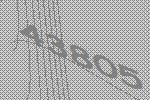
43805